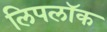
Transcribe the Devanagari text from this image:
लिपलॉक